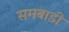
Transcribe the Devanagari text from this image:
समबाडी